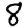
Digit: 8